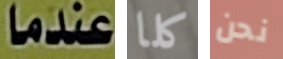
عندما كلا نحن